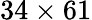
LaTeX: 34\times 61